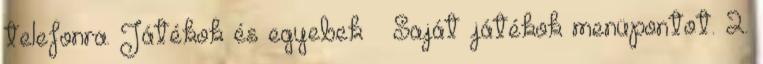
telefonra. Játékok és egyebek → Saját játékok menüpontot. 2.